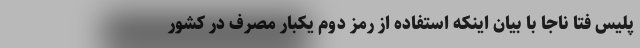
پلیس فتا ناجا با بیان اینکه استفاده از رمز دوم یکبار مصرف در کشور